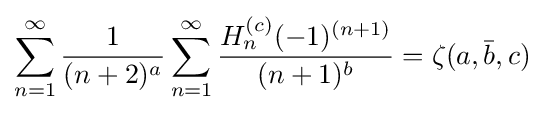
\sum _{n=1}^{\infty }{\frac {1}{(n+2)^{a}}}\sum _{n=1}^{\infty }{\frac {H_{n}^{(c)}(-1)^{(n+1)}}{(n+1)^{b}}}=\zeta (a,{\bar {b}},c)